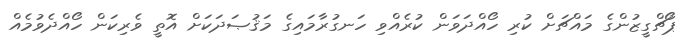
ޕޯޗްގީޒުންގެ މައްޗަށް ކުރި ހޯއްދަވަން ކުރެއްވި ހަނގުރާމައިގެ މަޤުޞަދަކަށް އޮތީ ވެރިކަން ހޯއްދެވުމެއް